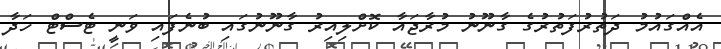
އެއްގައުމު ދަތުރުފަތުރުގެ ގާނޫނު މުރާޖައާ ކޮށްލިއިރު ގާނޫނުގައި ބުނެފައި ވަނީ ޓެސްޓް ހަދާ